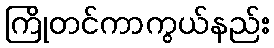
ကြိုတင်ကာကွယ်နည်း